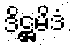
ဒိဋ္ဌမိဒံ